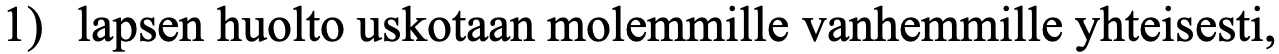
1) lapsen huolto uskotaan molemmille vanhemmille yhteisesti,